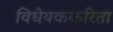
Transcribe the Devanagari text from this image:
विधेयककरिता